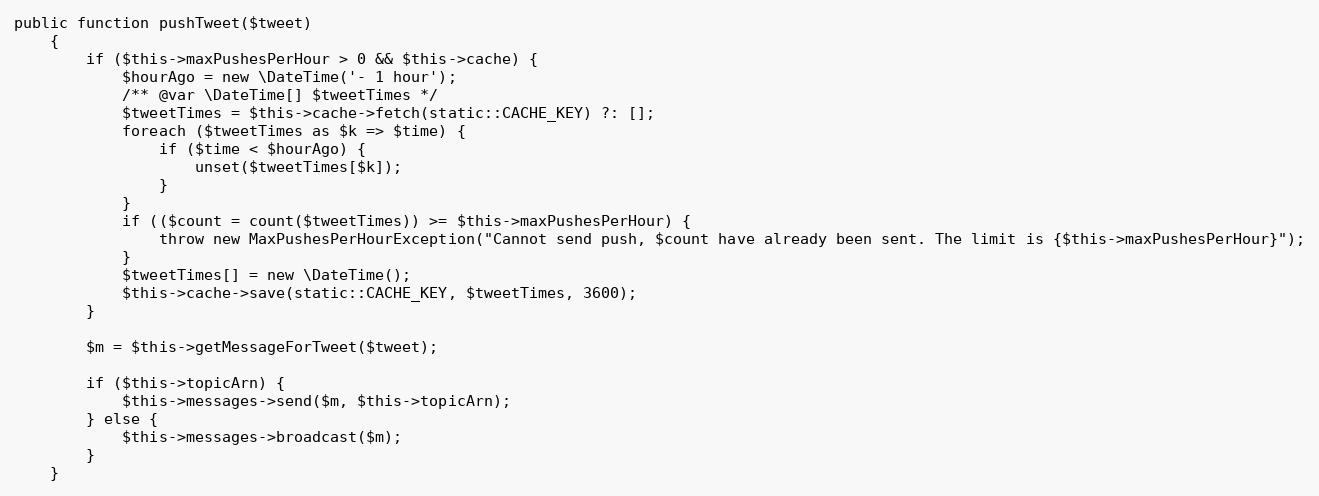
Language: PHP
public function pushTweet($tweet)
    {
        if ($this->maxPushesPerHour > 0 && $this->cache) {
            $hourAgo = new \DateTime('- 1 hour');
            /** @var \DateTime[] $tweetTimes */
            $tweetTimes = $this->cache->fetch(static::CACHE_KEY) ?: [];
            foreach ($tweetTimes as $k => $time) {
                if ($time < $hourAgo) {
                    unset($tweetTimes[$k]);
                }
            }
            if (($count = count($tweetTimes)) >= $this->maxPushesPerHour) {
                throw new MaxPushesPerHourException("Cannot send push, $count have already been sent. The limit is {$this->maxPushesPerHour}");
            }
            $tweetTimes[] = new \DateTime();
            $this->cache->save(static::CACHE_KEY, $tweetTimes, 3600);
        }

        $m = $this->getMessageForTweet($tweet);

        if ($this->topicArn) {
            $this->messages->send($m, $this->topicArn);
        } else {
            $this->messages->broadcast($m);
        }
    }